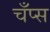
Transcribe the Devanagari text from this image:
चँप्स